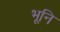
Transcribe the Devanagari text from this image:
भूनि